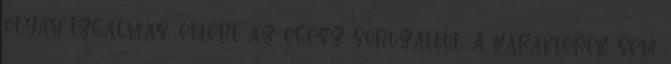
olyan izgalmas, eltért az egész sorozattól, a karakterek sem